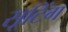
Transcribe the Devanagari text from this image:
सूटिंग